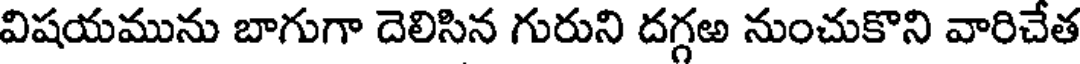
విషయమును బాగుగా దెలిసిన గురుని దగ్గఱ నుంచుకొని వారిచేత